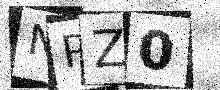
Text: NPZ0